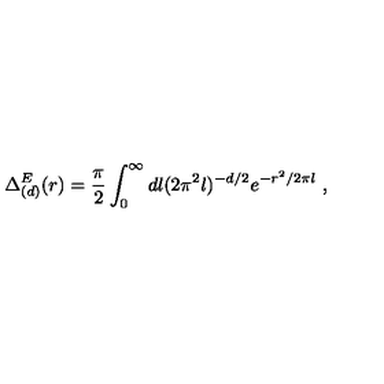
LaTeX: \Delta _ { ( d ) } ^ { E } ( r ) = { \frac { \pi } { 2 } } \int _ { 0 } ^ { \infty } d l ( 2 \pi ^ { 2 } l ) ^ { - d / 2 } e ^ { - r ^ { 2 } / 2 \pi l } \ ,